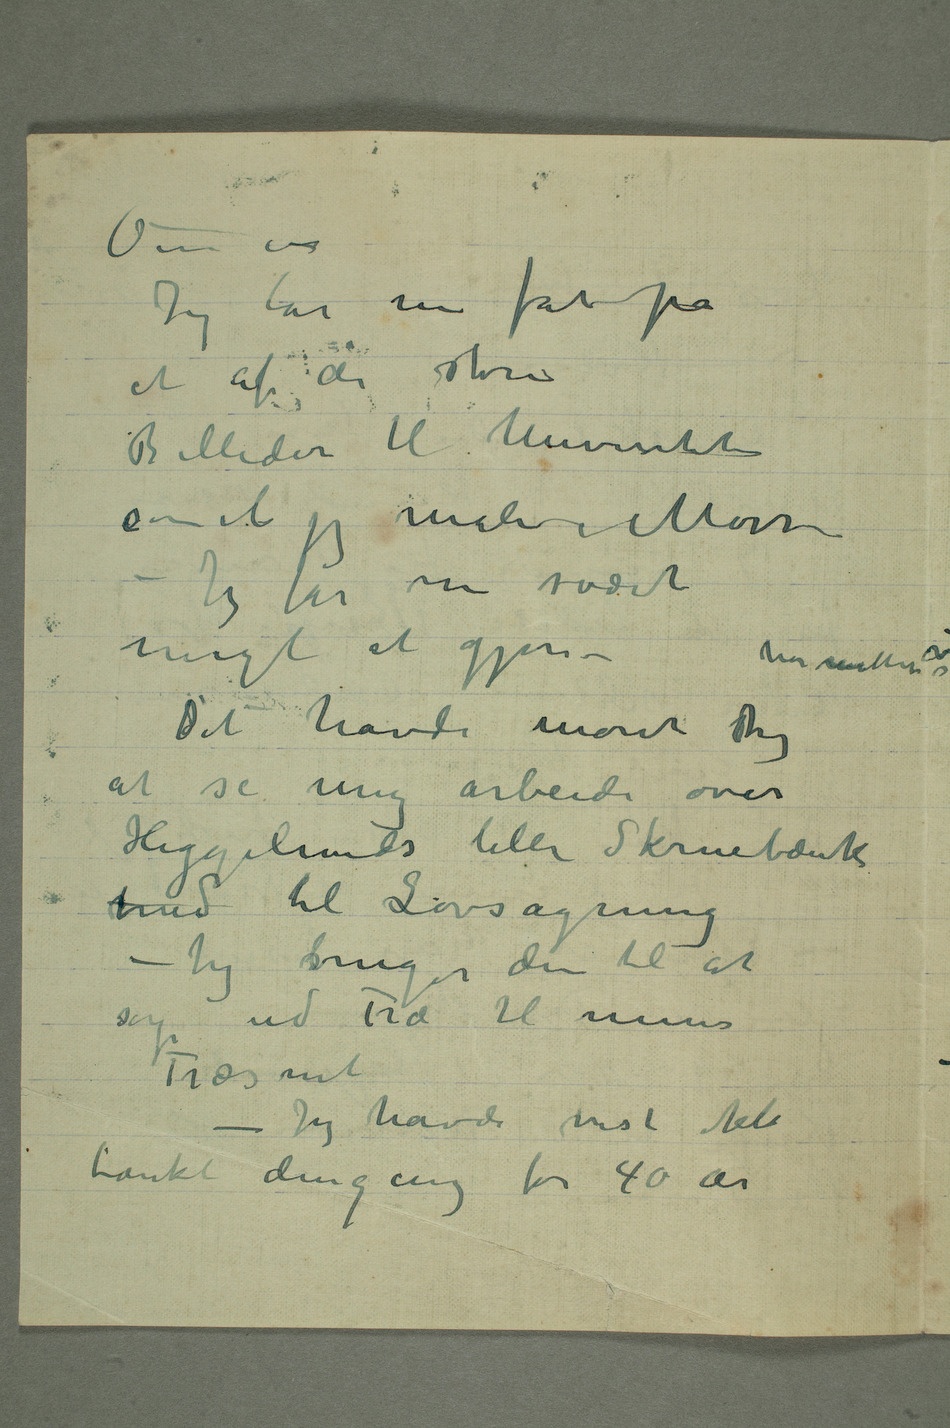
Jeg tar nu fat på
et af de store
Billeder til Universitetet
som et jeg maler i Moss
– Jeg får nu svært
Det havde moret Dig
at se mig arbeide over
Heggelunds lille Skruebænk
med til Løvsagning
– Jeg bruger den til at
ud Træ til mine
Træsnit
– Jeg havde vist ikke
tænkt dengang for 40 år